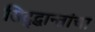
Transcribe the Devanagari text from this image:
सिद्द्धान्तांचा